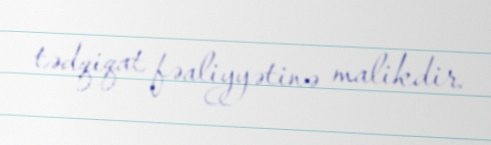
tədqiqat fəaliyyətinə malikdir.